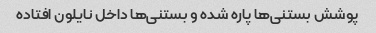
پوشش بستنی‌ها پاره شده و بستنی‌ها داخل نایلون افتاده